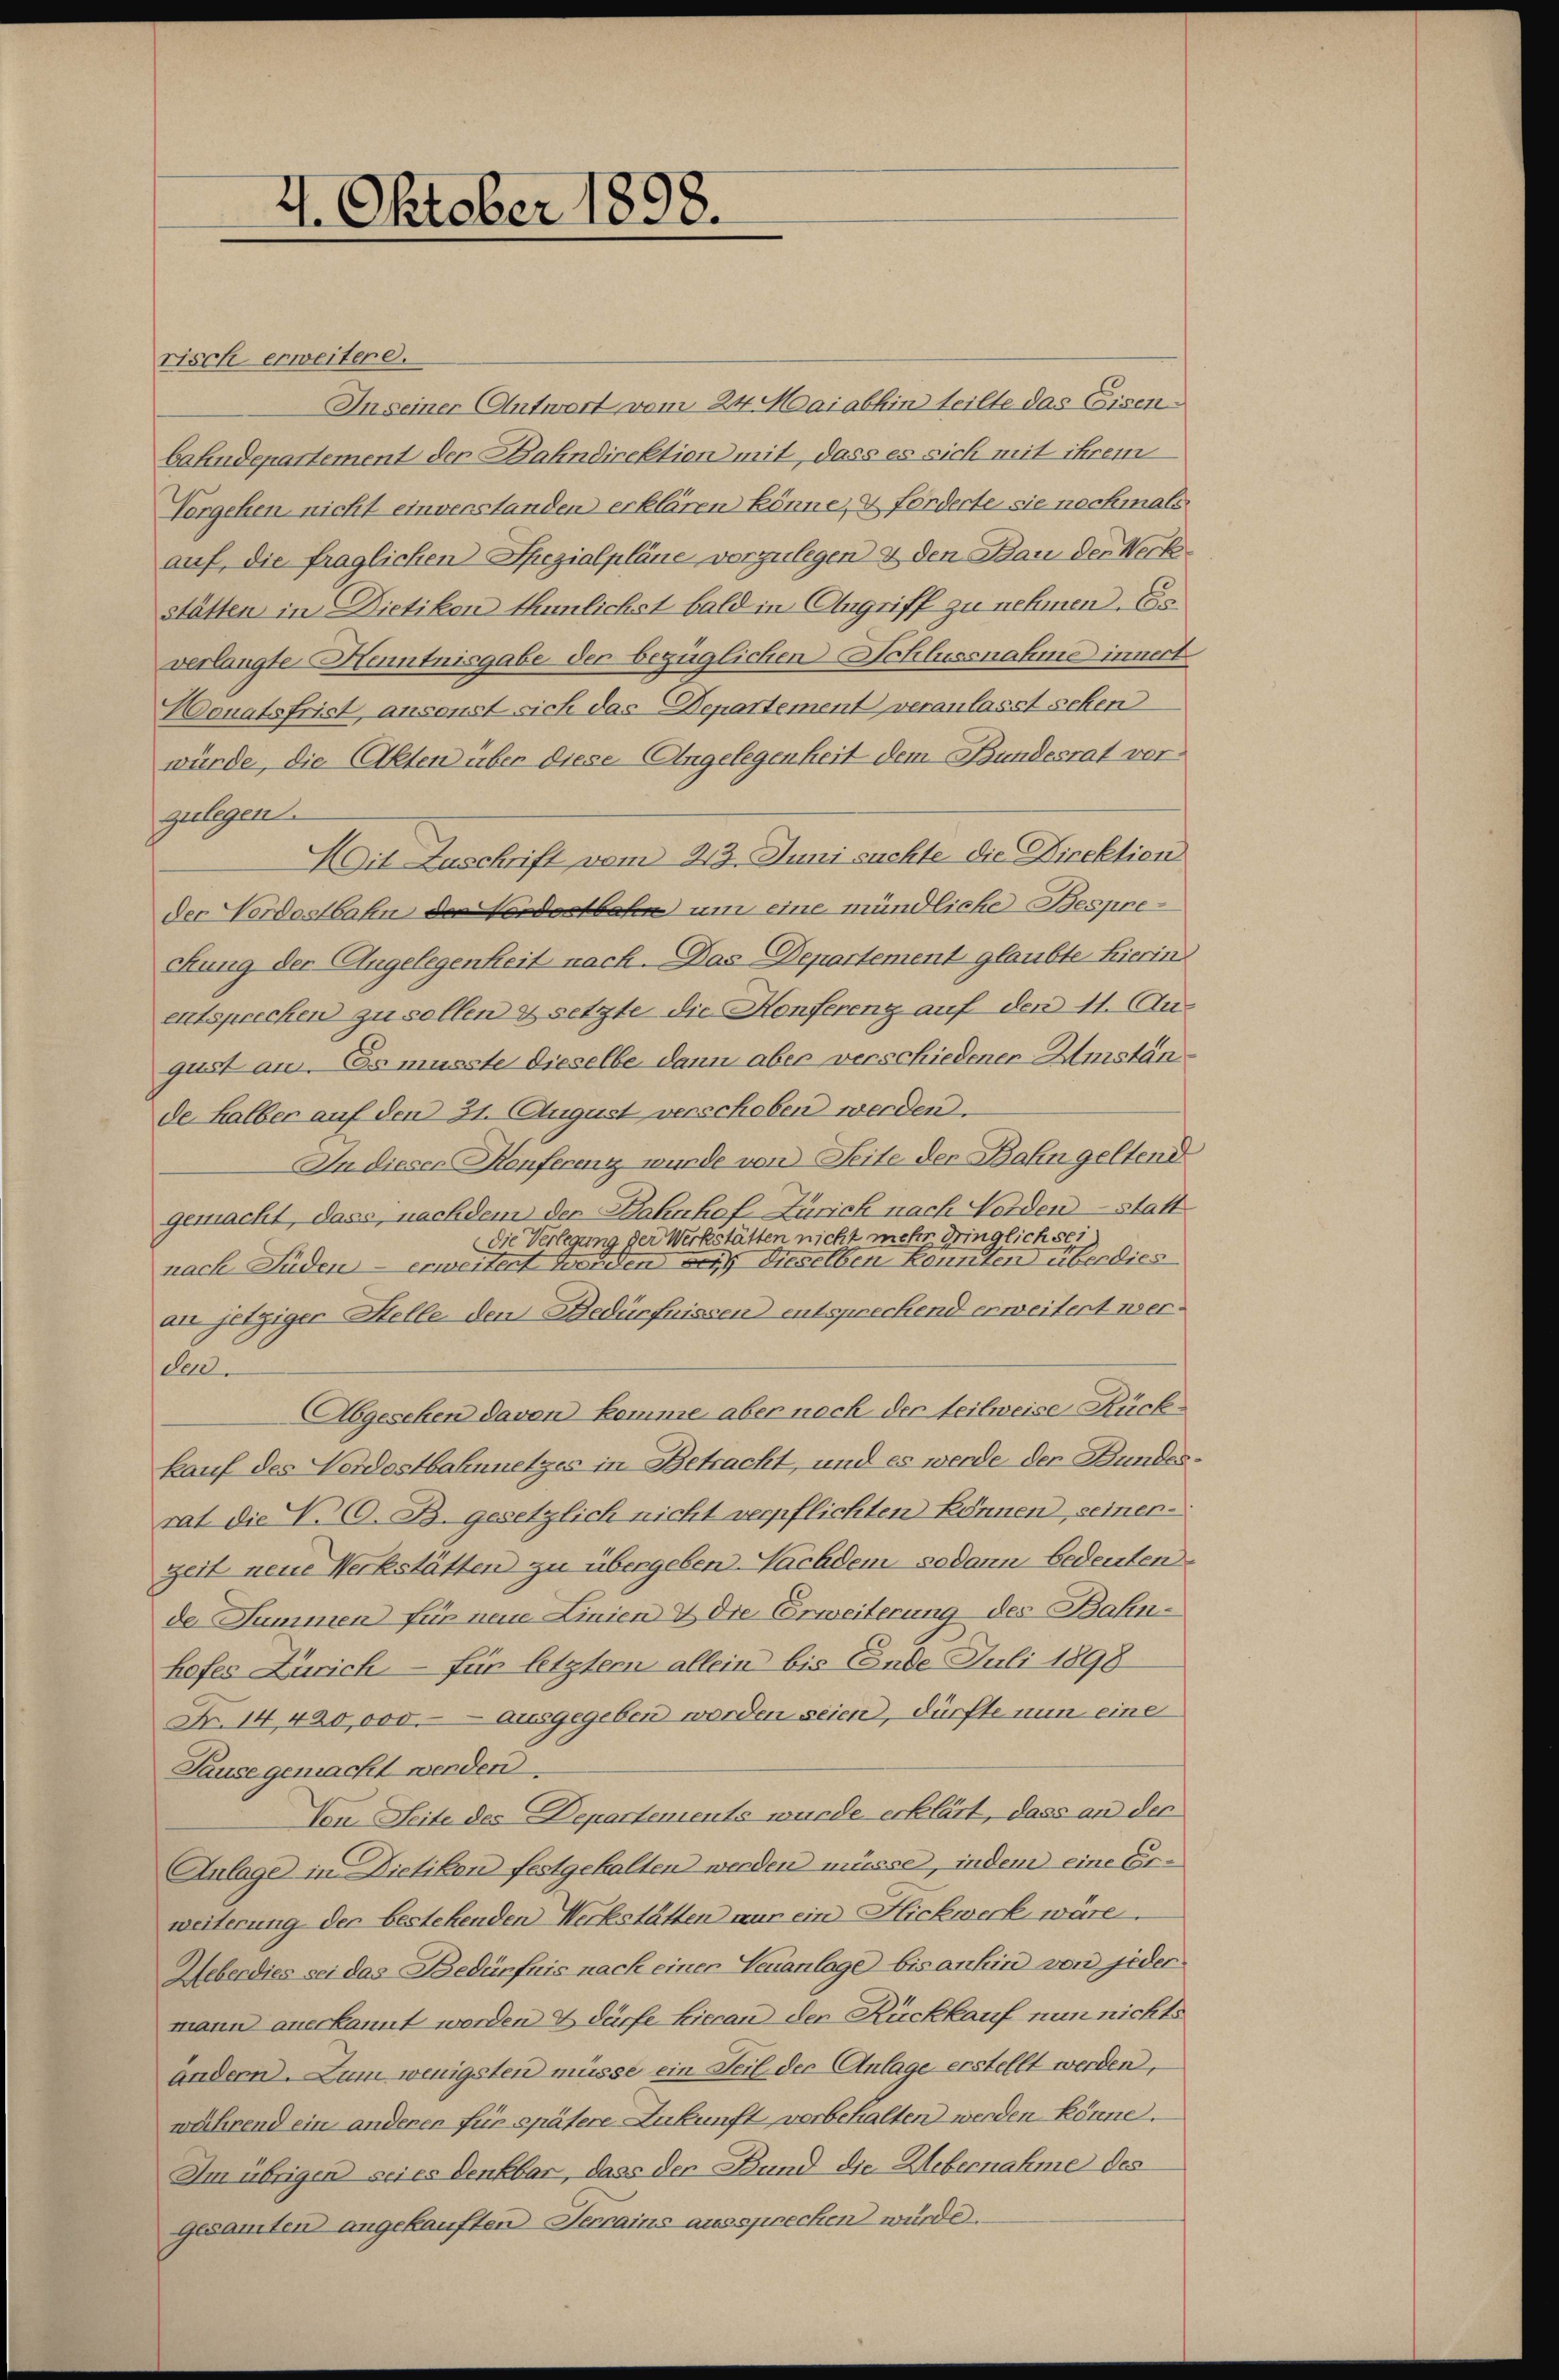
4. Oktober 1898.

risch erweiter d.
In seiner Antwort vom 24. Mai abhin teilte das Eisenbahndepartement der Bahndirektion mit, dass es sich mit ihrem
Vorgehen nicht einverstanden erklären könne, & forderte sie nochmals
auf, die fraglichen Spezialpläne vorzulegen & den Bau der Werke
stätten in Dietikon thunlichst bald in Angriff zu nehmen. Es
verlangte Henntnisgabe der bezüglichen Schlussnahme innert
Donatsfrist, ansonst sich das Departement veranlasst sehen
würde, die Akten über diese Angelegenheit dem Bundesrat vor
zulegen
Mit Zuschrift vom 213. Juni suchte die Direktion
der Nordostbahn der Seidenstbahn um eine mündliche Bespreckung der Angelegenheit nach. Das Departement glaubte hierin
entsprechen zu sollen & setzte die Konfereng auf den 11. August an. Es musste dieselbe dann aber verschiedener Umstän
de halber auf den 31. August verschoben werden.
In dieser Konferenz wurde von Seite der Bahn geltend
gemacht, dass, nachdem der Bahnhof Zürich nach Norden statt
die Verlegung der Werkstätten nicht mehr dringlich sei
nach Lüden erweitent werden auf dieselben könnten überdies
an jetziger Stelle den Bedürfnissen entsprechend erweitert user.
del.
Abgesehen davon komme aber noch der teilweise Rückkauf des Nordostbahnnetzes in Betracht, und es werde der Bundesrat die N. O. B. gesetzlich nicht verpflichten können seiner-
zeit neue Werkstätten zu übergeben. Nachdem sodann bedeuten.
de Summen für neue Linien & die Erweiterung des Bahnhofes Zürich für letztem allein bis Ende Juli 1898
N. 14, 420,000.- ausgegeben werden seien, dürfte nun eine
Sause gemacht werden
Von Seite des Departements wurde erklärt, dass an der
Anlage in Dietiken festgehalten werden müsse, indem eine Erweiterung der bestehenden Werkstätten nur ein Fickwerk wäre.
Heberdies sei das Bedürfnis nach einer Veranlage bis anhin von jedermann anerkannt worden & dürfe hieran der Rückkauf nun nichts
ändern. Zum wenigsten müsse ein Teil der Anlage erstellt werden,
während ein anderen für spätere Zukunft vorbehalten werden könne.
Im übrigen sei es denkbar, dass der Bund die Uebernahme des
gesamten angekauften Terrains aussprechen würde.